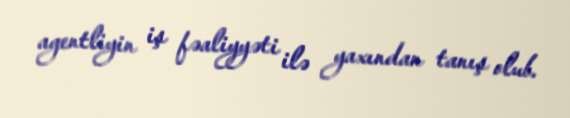
agentliyin iş fəaliyyəti ilə yaxından tanış olub.